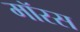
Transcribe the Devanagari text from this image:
मॉरस